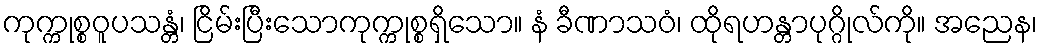
ကုက္ကုစ္စဝူပသန္တံ၊ ငြိမ်းပြီးသောကုက္ကုစ္စရှိသော။ နံ ခီဏာသဝံ၊ ထိုရဟန္တာပုဂ္ဂိုလ်ကို။ အညေန၊